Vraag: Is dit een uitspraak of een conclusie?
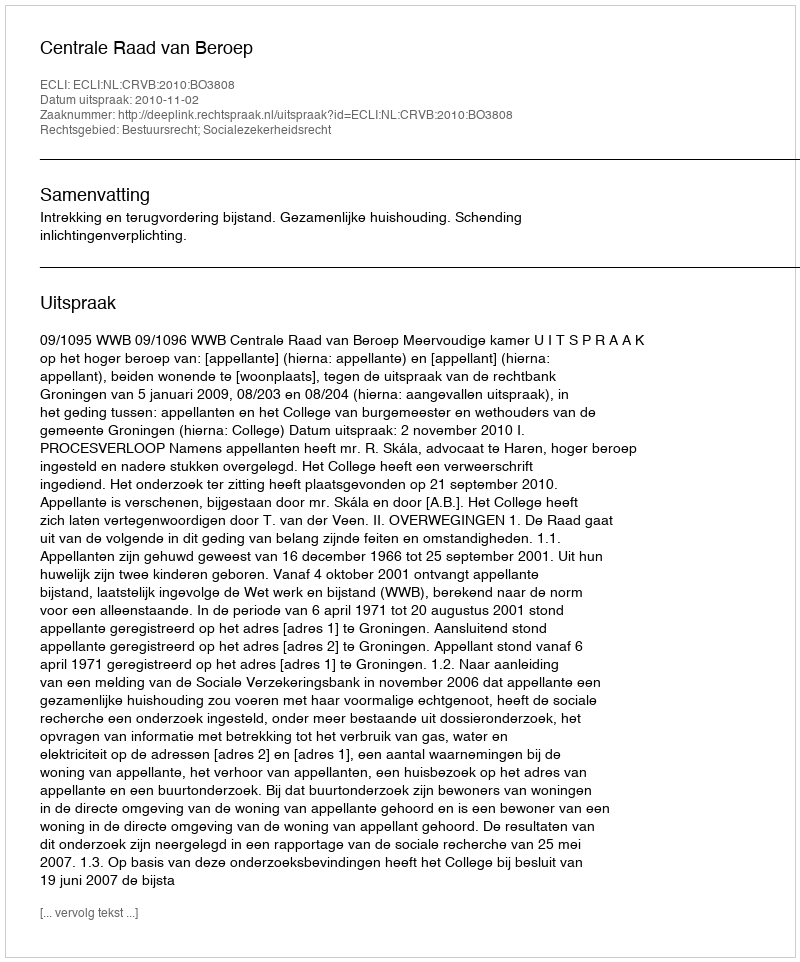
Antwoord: Uitspraak